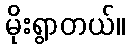
မိုးရွာတယ်။